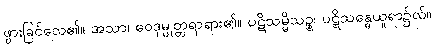
ဖွားခြင်လေ၏။ အသာ၊ ဝေဒုမ္မုတ္တရာရား၏။ ပဋိသမ္မိသဉ္စ၊ ပဋိသန္ဓေယူရာ၌လ်။